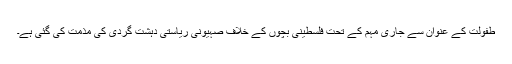
طفولت کے عنوان سے جاری مہم کے تحت فلسطینی بچوں کے خلاف صہیونی ریاستی دہشت گردی کی مذمت کی گئی ہے۔